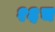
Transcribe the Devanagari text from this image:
१६च